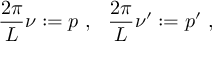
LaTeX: \frac { 2 \pi } { L } \nu : = p \ , \ \ \frac { 2 \pi } { L } \nu ^ { \prime } : = p ^ { \prime } \ ,